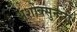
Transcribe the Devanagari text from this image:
अशोक्सुन्दरी